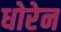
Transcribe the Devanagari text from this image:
धोरेन